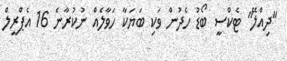
"ދިއްލޭ" ޓެކްސީ ބޯޑު ހެދުން ވަކި ބަޔަކާ ހަވާލެއް ނުކުރާނެ 16 އެޕްރީލް